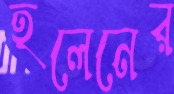
হলেনের